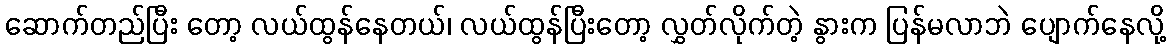
ဆောက်တည်ပြီး တော့ လယ်ထွန်နေတယ်၊ လယ်ထွန်ပြီးတော့ လွှတ်လိုက်တဲ့ နွားက ပြန်မလာဘဲ ပျောက်နေလို့